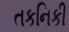
તકનિકી